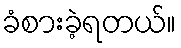
ခံစားခဲ့ရတယ်။